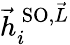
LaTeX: \vec{h}_{i}^{\, \textrm{SO},\vec{L}}